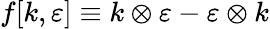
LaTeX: f[k,\varepsilon]\equiv k\otimes\varepsilon-\varepsilon\otimes k